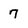
Character: 7